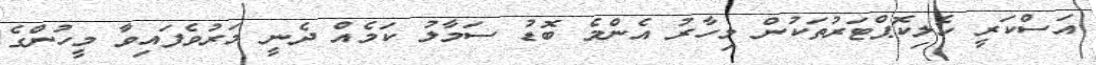
އަސްކަރީ ހެލިކޮޕްޓަރުތަކުން މިހާރު އެންމެ ބޮޑު ސަމާލު ކަމެއް ދެނީ މަރުވެފައިވާ މީހުންގެ